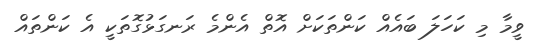
ވީމާ މި ކަހަލަ ބައެއް ކަންތަކަށް އޮތް އެންމެ ރަނގަޅުގޮތަކީ އެ ކަންތައް